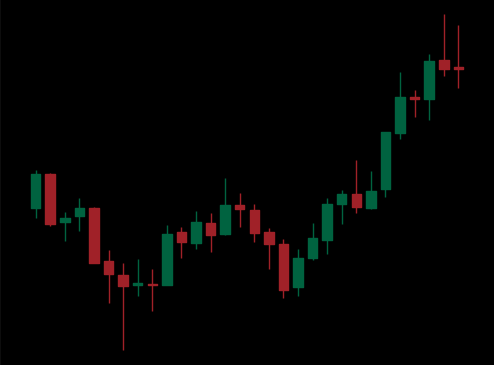
Pattern: unclassified